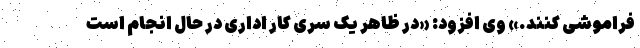
فراموشی کنند.» وی افزود: «در ظاهر یک سری کار اداری در حال انجام است